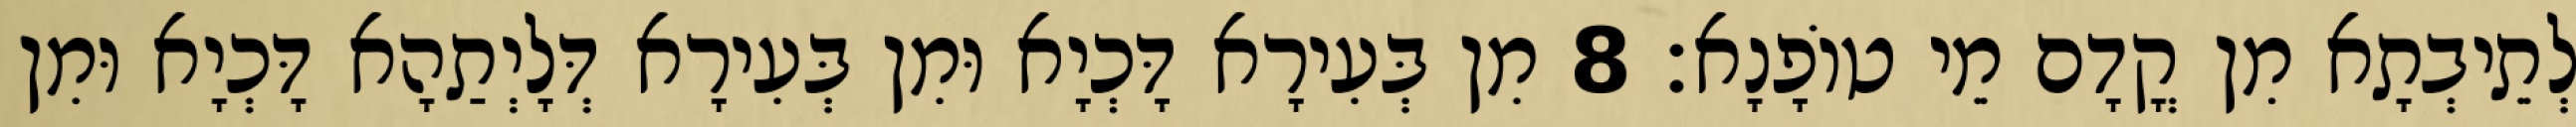
לְתֵיבְתָא מִן קֳדָם מֵי טוֹפָנָא׃ 8 מִן בְּעִירָא דָּכְיָא וּמִן בְּעִירָא דְּלָיְתַהָא דָּכְיָא וּמִן